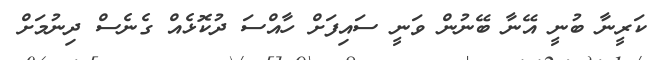
ކަރީނާ ބުނީ އޭނާ ބޭނުން ވަނީ ސައިފަށް ހާއްސަ ދުކޮޅެއް ގެނެސް ދިނުމަށް